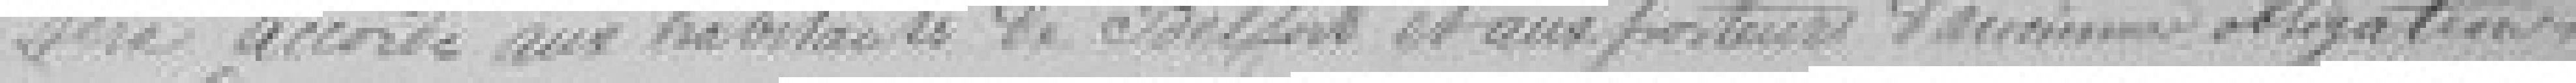
sera accordé aux habitants de Belfort et aux porteurs d'anciennes obligations.